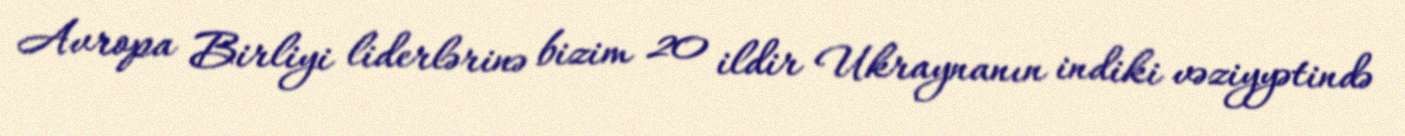
Avropa Birliyi liderlərinə bizim 20 ildir Ukraynanın indiki vəziyyətində